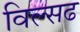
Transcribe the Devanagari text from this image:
विल्सढ